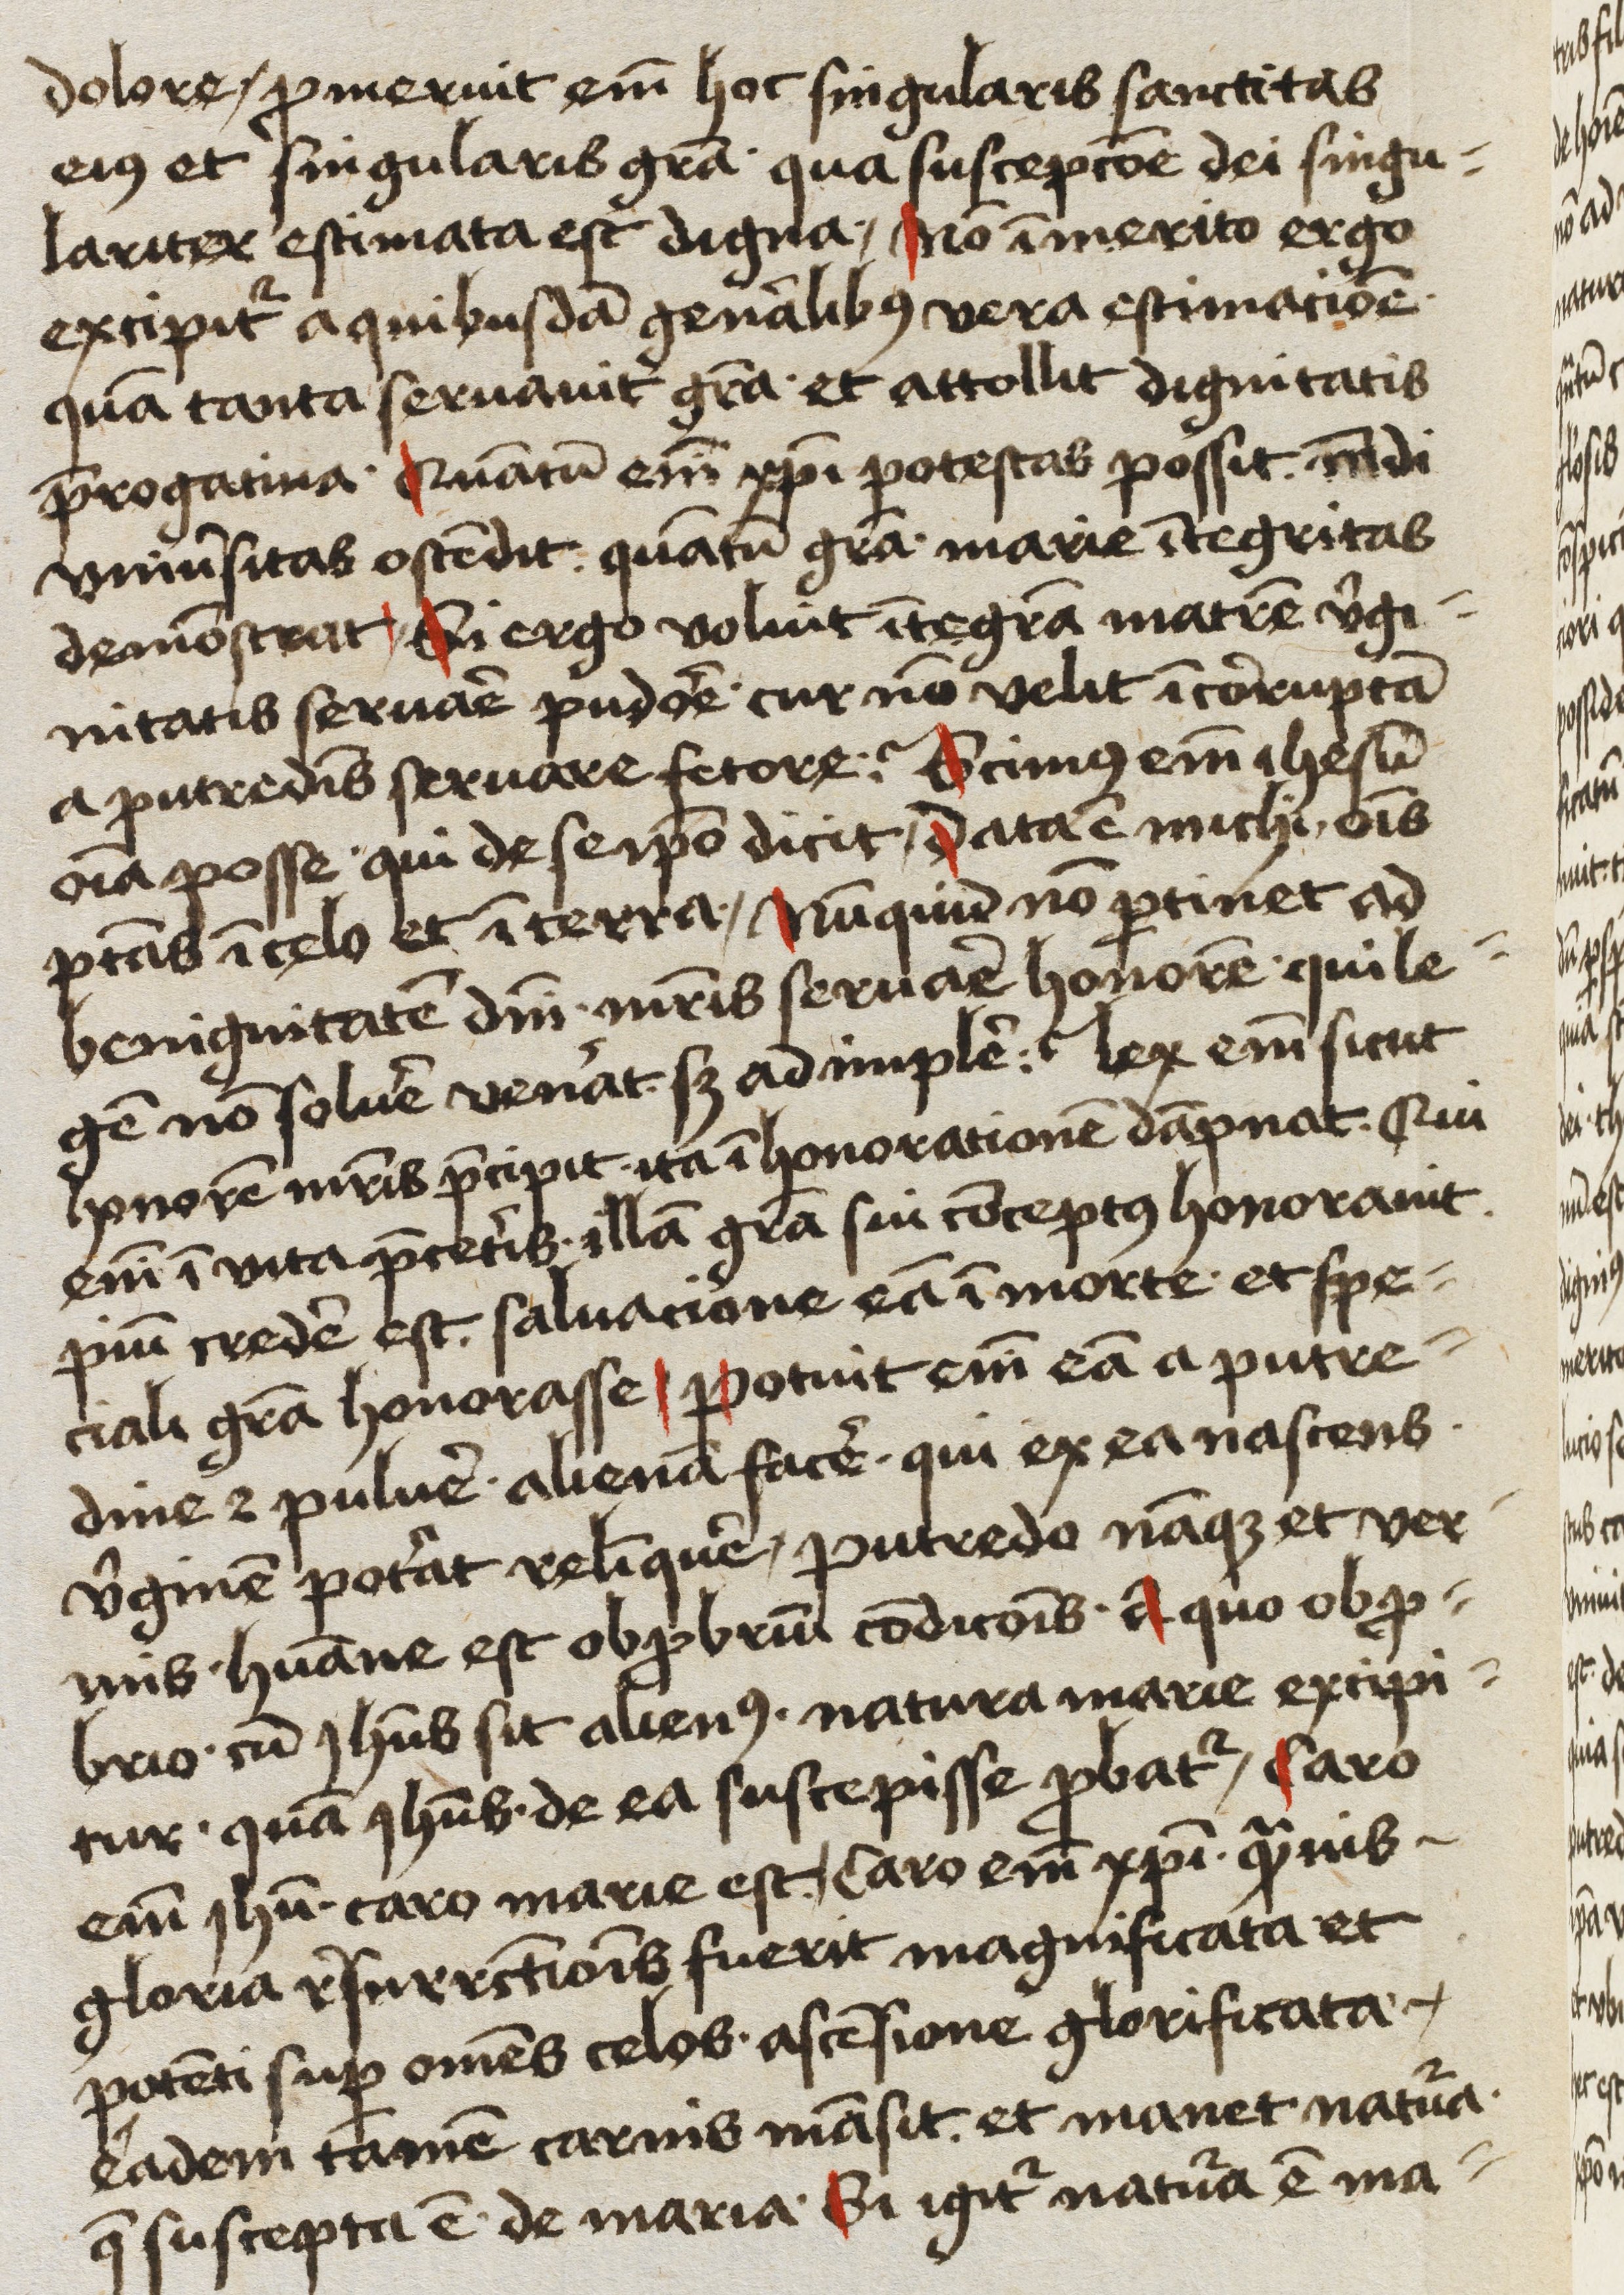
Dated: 1450–1499